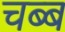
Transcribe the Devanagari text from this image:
चब्ब